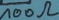
Text: 100Ω